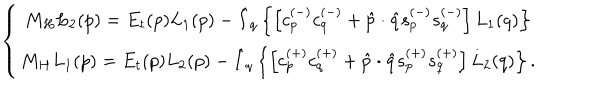
\left\{ \begin{array} { c } { { M _ { H } L _ { 2 } ( p ) = E _ { t } ( p ) L _ { 1 } ( p ) - \hat { I } _ { q } \left\{ \left[ c _ { p } ^ { ( - ) } c _ { q } ^ { ( - ) } + \hat { p } \cdot \hat { q } s _ { p } ^ { ( - ) } s _ { q } ^ { ( - ) } \right] L _ { 1 } ( q ) \right\} } } \\ { { M _ { H } L _ { 1 } ( p ) = E _ { t } ( p ) L _ { 2 } ( p ) - \hat { I } _ { q } \left\{ \left[ c _ { p } ^ { ( + ) } c _ { q } ^ { ( + ) } + \hat { p } \cdot \hat { q } s _ { p } ^ { ( + ) } s _ { q } ^ { ( + ) } \right] L _ { 2 } ( q ) \right\} . } } \\ \end{array} \right.